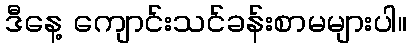
ဒီနေ့ ကျောင်းသင်ခန်းစာမများပါ။